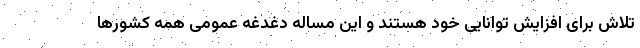
تلاش برای افزایش توانایی خود هستند و این مساله دغدغه عمومی همه کشورها